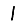
Digit: 1